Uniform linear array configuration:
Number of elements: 24
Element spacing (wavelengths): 0.25
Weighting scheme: hamming
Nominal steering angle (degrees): -60
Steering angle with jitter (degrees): -58.212
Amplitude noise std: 0.05
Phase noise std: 0.05

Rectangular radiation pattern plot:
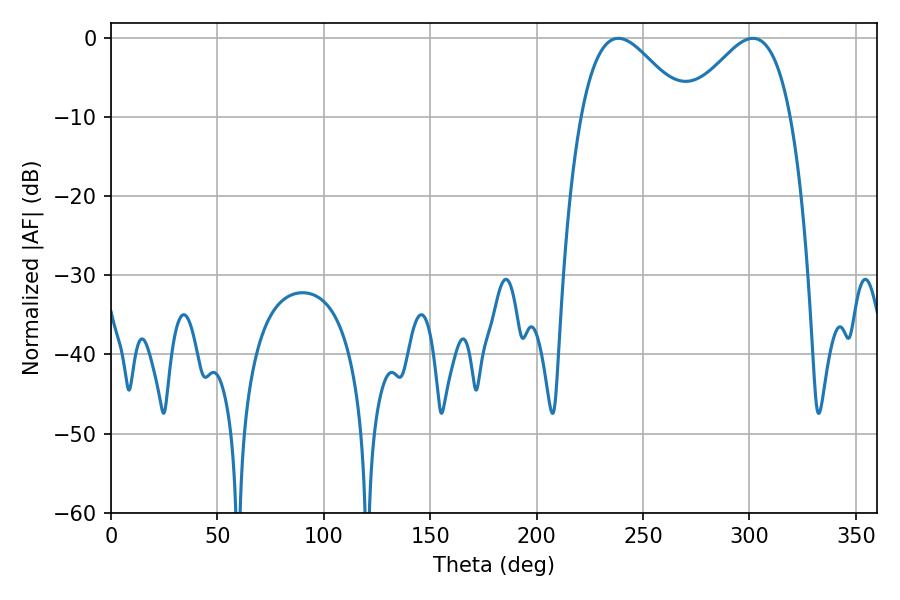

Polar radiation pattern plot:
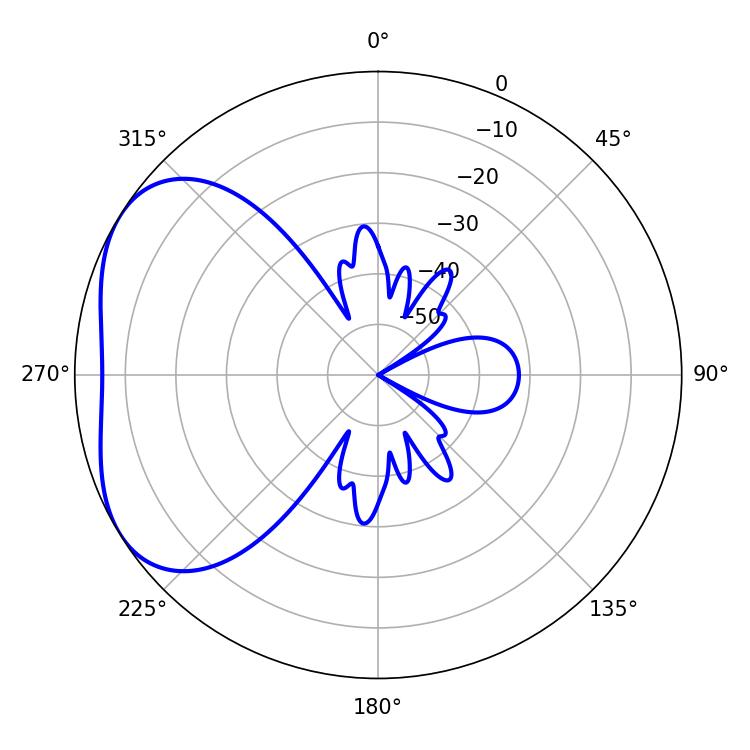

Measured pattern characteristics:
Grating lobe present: FALSE
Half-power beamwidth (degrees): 26.46
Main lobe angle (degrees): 238.32